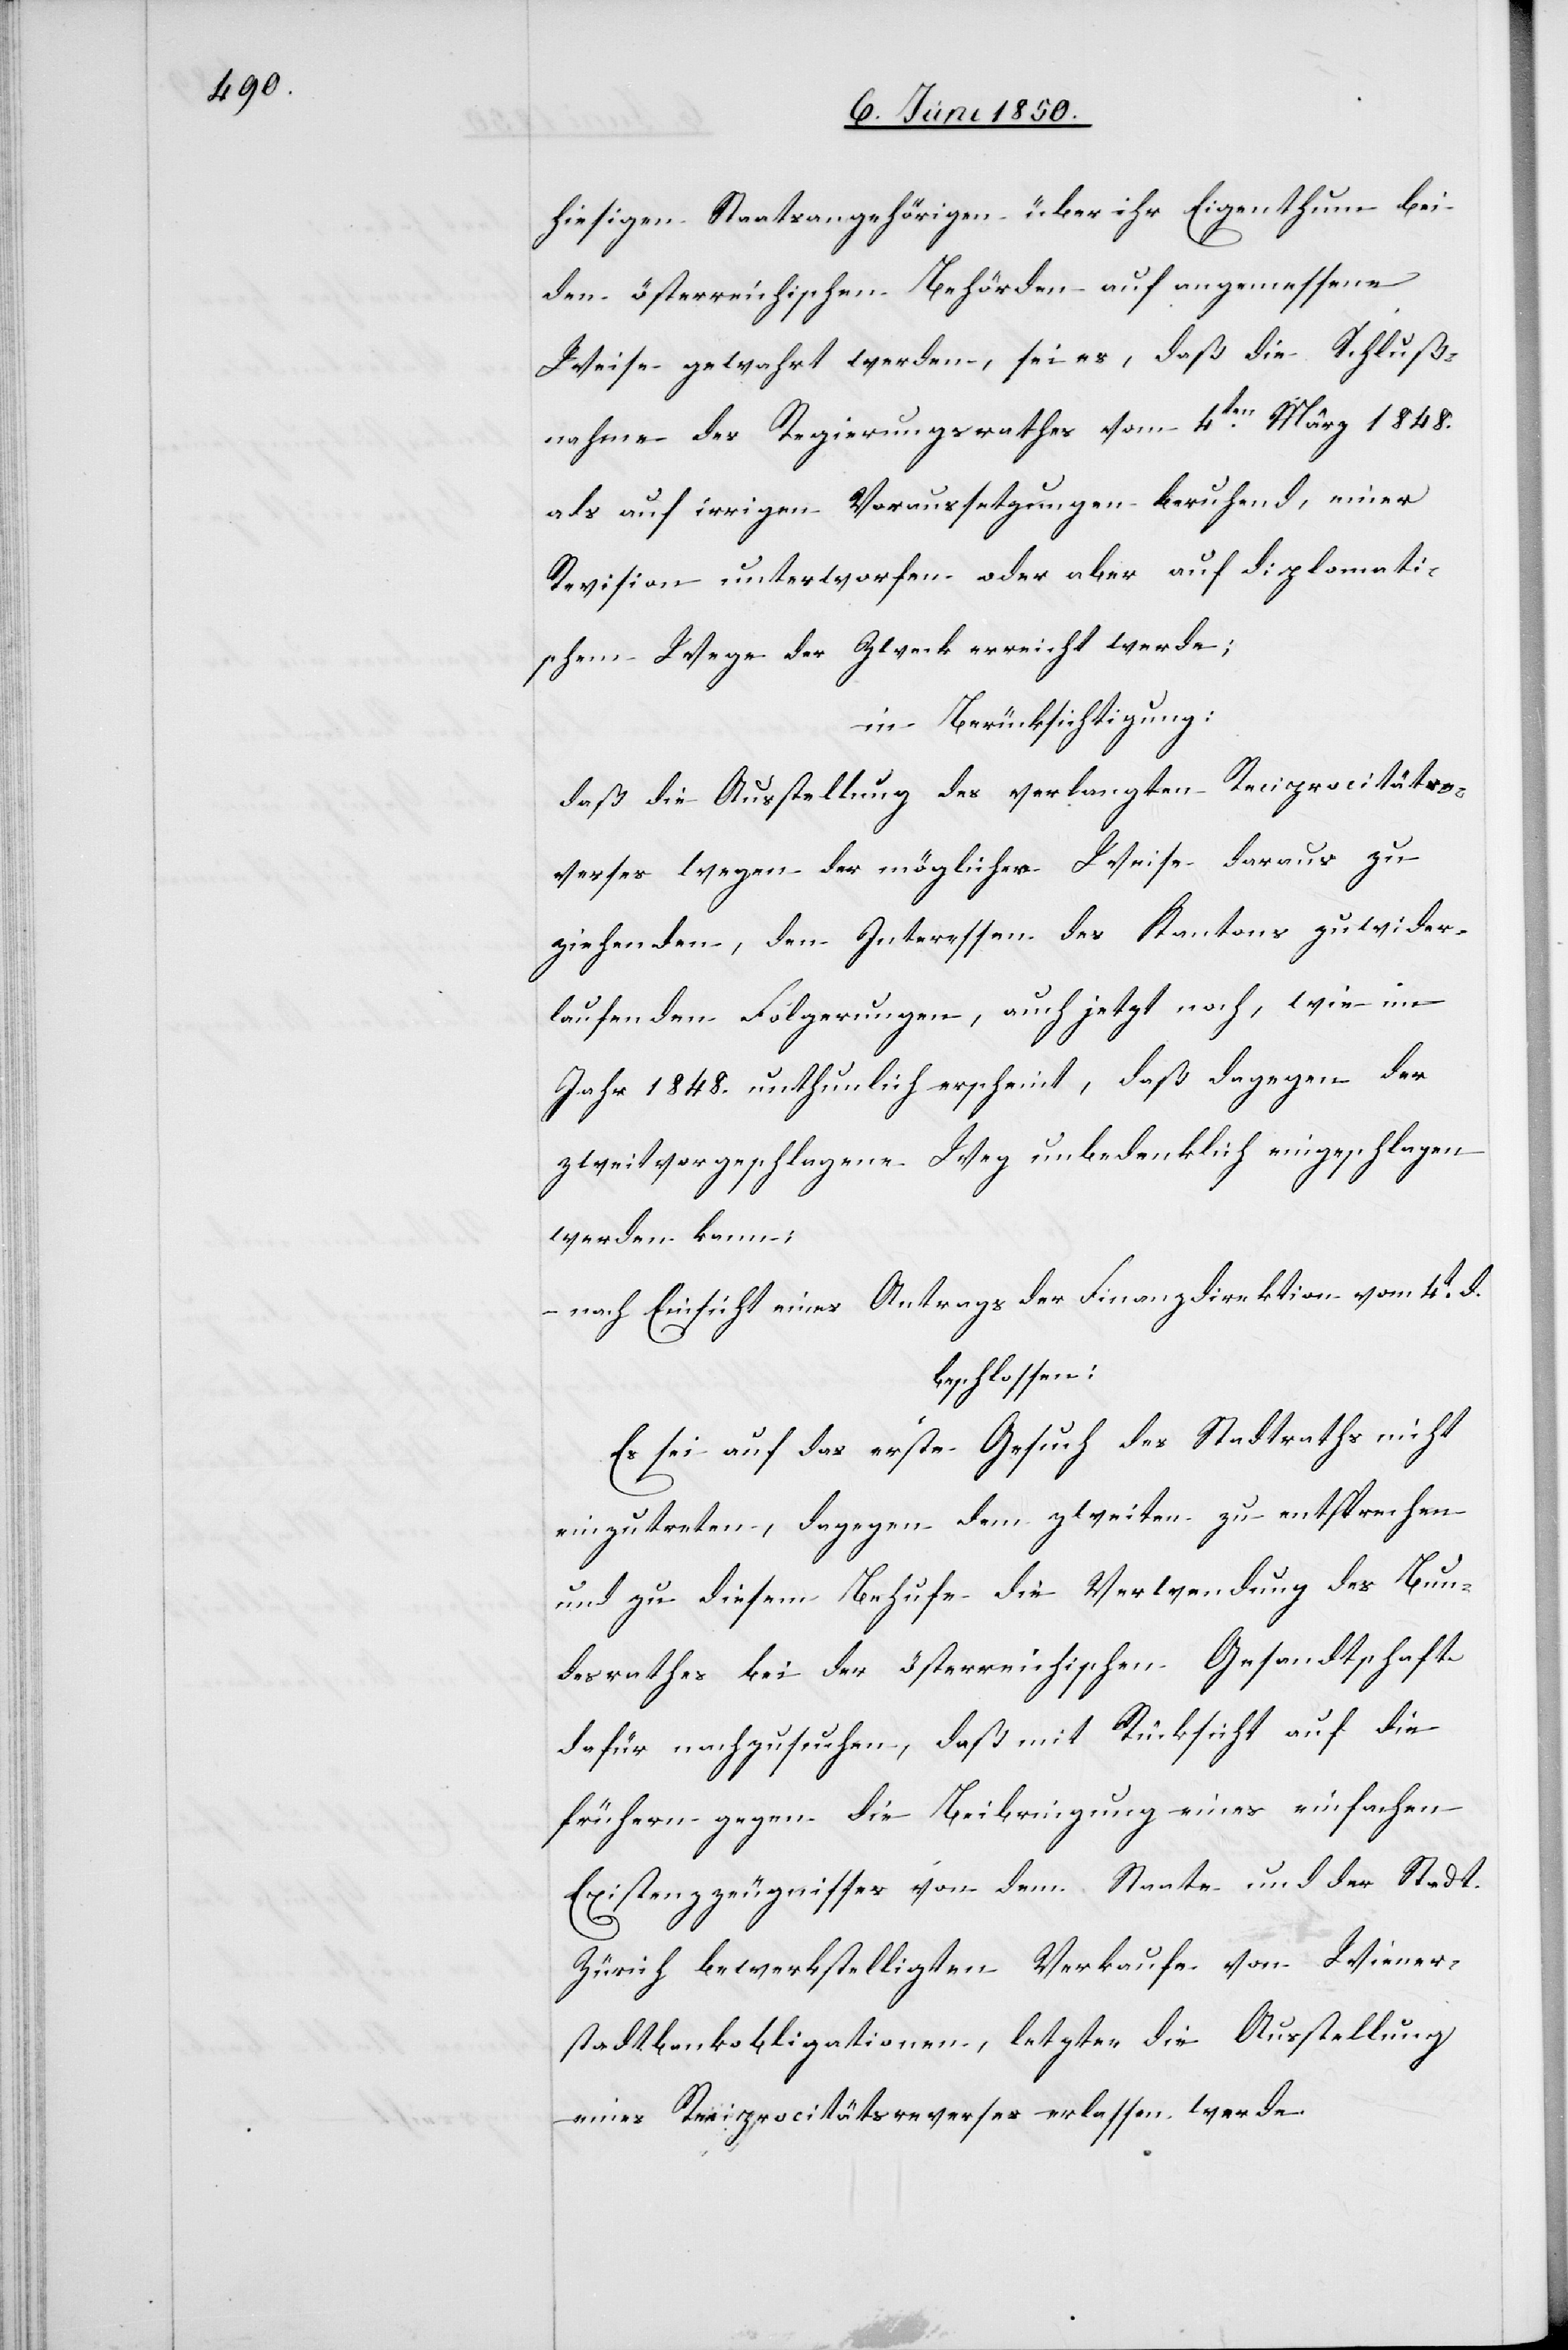
hiesigen Staatsangehörigen über ihr Eigenthum bei
den österreichischen Behörden auf angemessene
Weise gewahrt werden, sei es, daß die Schluß¬
nahme des Regierungsrathes vom 4ten März 1848.
als auf irrigen Voraussetzungen beruhend, einer
Revision unterworfen oder aber auf diplomati¬
schem Wege der Zweck erreicht werde;
in Berücksichtigung:
daß die Ausstellung des verlangten Reciprocitätre¬
verses wegen der möglicher Weise daraus zu
ziehenden, den Interessen des Kantons zuwider¬
laufenden Folgerungen, auch jetzt noch, wie im
Jahr 1848. unthunlich erscheint, daß dagegen der
zweitvorgeschlagene Weg unbedenklich eingeschlagen
werden kann;
nach Einsicht eines Antrags der Finanzdirektion vom 4t d.
beschlossen:
Es sei auf das erste Gesuch des Stadtraths nicht
einzutreten, dagegen dem zweiten zu entsprechen
und zu diesem Behufe die Verwendung des Bun¬
desrathes bei der österreichischen Gesandtschaft
dafür nachzusuchen, daß mit Rücksicht auf die
frühern gegen die Beibringung eines einfachen
Existenzzeugnisses von dem Staate und der Stadt
Zürich bewerkstelligten Verkaufe von Wiener¬
stadtbankobligationen, letzter die Ausstellung
eines Reciprocitätsreverses erlassen werde.